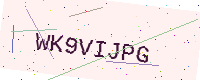
Text: WK9VIJPG